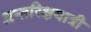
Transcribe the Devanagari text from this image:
अन्तरिक्षयात्री